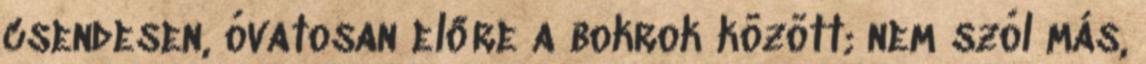
csendesen, óvatosan előre a bokrok között; nem szól más,